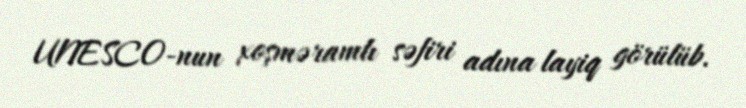
UNESCO-nun xoşməramlı səfiri adına layiq görülüb.